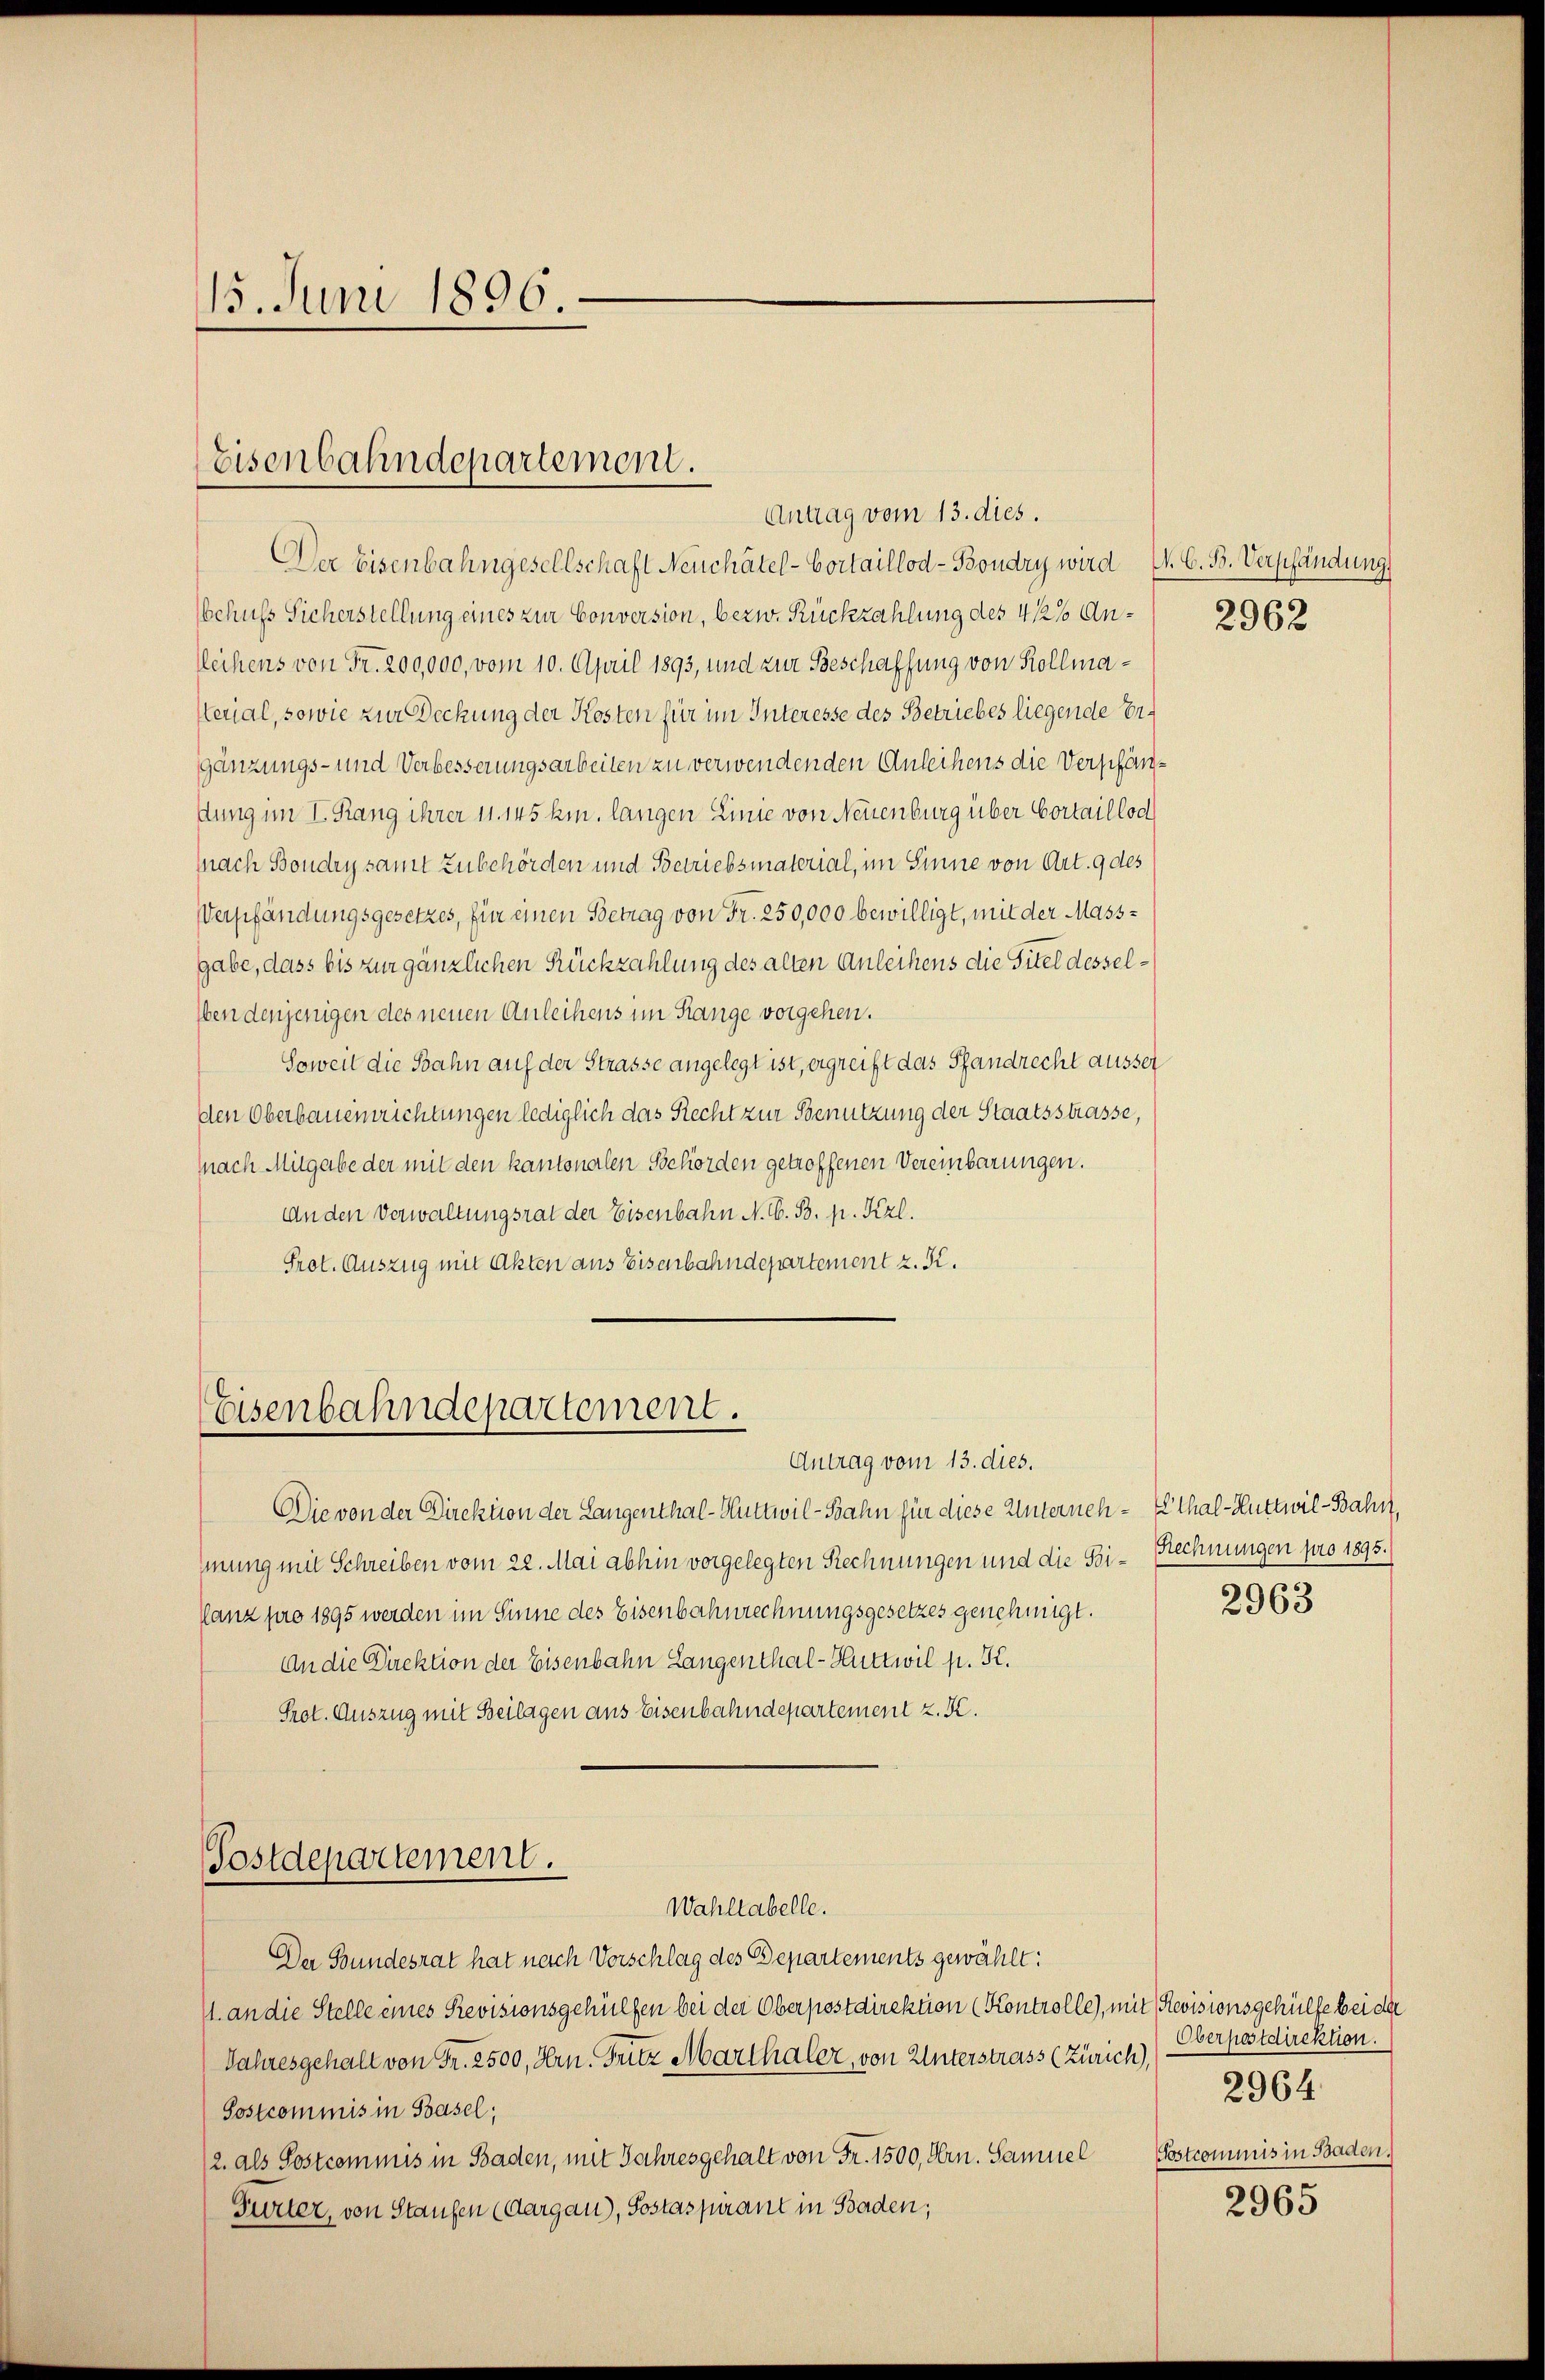
15. Juni 1896.

Eisenbahndepartement.
Antrag vom 13. dies.

Der Eisenbahngesellschaft Neuchâtel - Cortaillod-Boudry wird V. C. B. Verpfändung
Schuss Sicherstellung eines zur Conversion, bezw. Rückzahlung des 4 1/2% Anleihens von Fr. 200,000, vom 10. April 1893, und zur Beschaffung von Kollma¬
Herial, sowie zur Deckung der Kosten für im Interesse des Betriebes liegende Ergänzungs- und Verbesserungsarbeiten zu verwendenden Anleihens die Verpfänstung im I. Rang ihrer 11. 145 km. langen Linie von Neuenburg über Cortaillod
(nach Bondry samt Zubehörden und Betriebsmaterial, im Sinne von Art. 9 des
Verpfändungsgesetzes, für einen Betrag von Fr. 250,000 bewilligt, mit der Massgabe, dass bis zur gänzlichen Rückzahlung des alten Anleihens die Titel dessel¬
Eben denjenigen des neuen Anleihens im Range vorgehen.
Soweit die Bahn auf der Strasse angelegt ist, ergreift das Pfandrecht ausser
den Oberbaueinrichtungen lediglich das Recht zur Benutzung der Staatsstrasse,
(nach Mitgabe der mit den kantonalen Behörden getroffenen Vereinbarungen.
An den Verwaltungsrat der Eisenbahn N. V. B. p. Kerl.
Prot. Auszug mit Akten aus Eisenbahndepartement z. K.

Eisenbahndepartement.
Antrag vom 13. dies.

Die von der Direktion der Langenthal-Huttwil-Bahn für diese Unterneh-Ethal-Huttwil-Bahn,
mung mit Schreiben vom 22. Mai abhin vorgelegten Rechnungen und die Bi¬
Lanz pro 1895 werden im Sinne des Eisenbahnrechnungsgesetzes genehmigt.
An die Direktion der Eisenbahn Langenthal - Huttwil p. K.
Prot. Auszug mit Beilagen aus Eisenbahndepartement z. K.
Postdepartement.
Wahltabelle.
Der Bundesrat hat nach Vorschlag des Departements gewählt:
1. an die Stelle eines Revisionsgehülfen bei der Oberpostdirektion (Kontrolle, mit Revisionsgehülfe bei de
Jahresgehalt von Fr. 2500, Hrn. Fritz Marthaler, von Unterstrass (Zürich),
Sostcommis in Basel;
(2. als Postcommis in Baden, mit Jahresgehalt von Fr. 1500, Hrn. Samuel
Furter, von Staufen (Aargau), Sostaspirant in Baden;

2962

Rechnungen pro 1895.

2963

Oberpostdirektion.
2964.
Tostcommis in Baden.)

2965